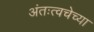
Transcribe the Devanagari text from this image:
अंतःत्वचेच्या